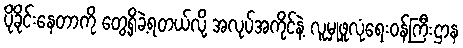
ပိုခိုင်းနေတာကို တွေ့ရှိခဲ့ရတယ်လို့ အလုပ်အကိုင်နဲ့ လူမှုဖူလုံရေးဝန်ကြီးဌာန